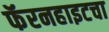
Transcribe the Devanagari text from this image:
फॅरनहाइटचा